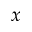
x